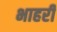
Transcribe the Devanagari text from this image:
भाहरी